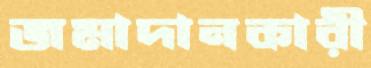
জমাদানকারী